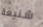
شنيعة